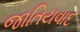
જાતિયવાદ